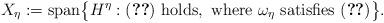
LaTeX: \begin{align*}X_\eta:={\rm span}\bigl\{H^\eta: (\ref{e1.1}){\rm \ holds,\ where\ } \omega_\eta {\rm \ satisfies}\ (\ref{omegavicinity})\bigr\}.\end{align*}